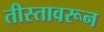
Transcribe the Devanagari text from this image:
तीस्तावरून